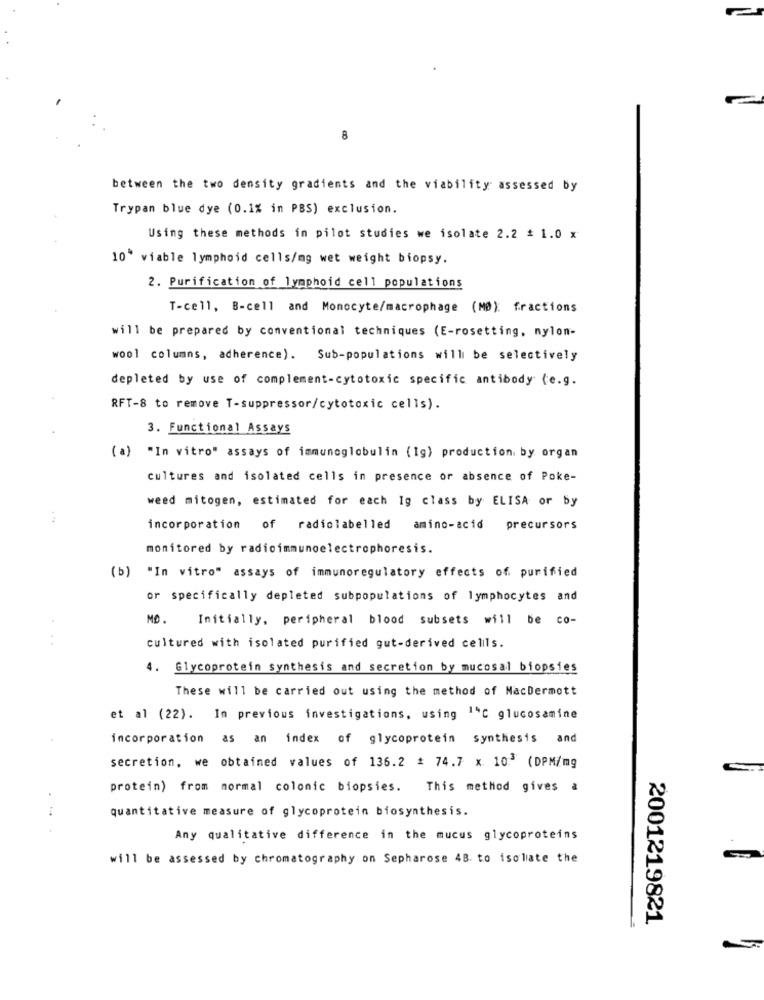
8
between the two density gradients and the viability assessed by
Trypan blue dye (0.1% in PBS) exclusion.
Using these methods in pilot studies we isolate 2.2 = 1.0 x
10 viable lymphoid cells/mg wet weight biopsy.
2. Purification of lymphoid cell populations
T-cell, B-cell and Monocyte/macrophage (MØ): fractions
will be prepared by conventional techniques (E-rosetting, nylon-
wool columns, adherence). Sub-populations will be selectively
depleted by use of complement-cytotoxic specific antibody (e.g.
RFT-8 to remove T-suppressor/cytotoxic cells).
3. Functional Assays
( a) "In vitro" assays of immunoglobulin (1g) production by organ
cultures and isolated cells in presence or absence of Poke-
weed mitogen, estimated for each Ig class by ELISA or by
:
incorporation of radiolabelled
amino-acid
precursors
monitored by radioimmunoelectrophoresis.
(b) "In vitro" assays of immunoregulatory effects of purified
or specifically depleted subpopulations of lymphocytes and
MO.
Initially, peripheral blood subsets will be co-
cultured with isolated purified gut-derived celils.
4. Glycoprotein synthesis and secretion by mucosal biopsies
These will be carried out using the method of MacDermott
et al (22). In previous investigations, using 14℃ glucosamine
incorporation as an index of glycoprotein synthesis and
secretion, we obtained values of 136.2 # 74.7 x 103 (DPM/mg
protein) from normal colonic biopsies. This method gives a
quantitative measure of glycoprotein biosynthesis.
Any qualitative difference in the mucus glycoproteins
will be assessed by chromatography on Sepharose 48. to isolate the
2001219821